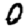
Digit: 0